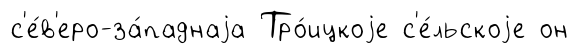
с'е́в'еро-за́паднаjа Тро́ицкоjе с'е́льскоjе он